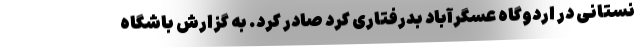
نستانی در اردوگاه عسگرآباد بدرفتاری کرد صادر کرد. به گزارش باشگاه